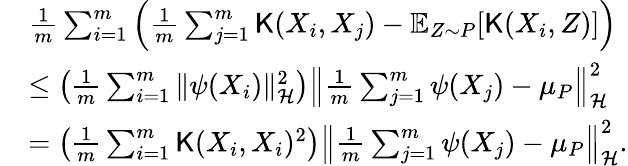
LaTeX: \begin{array}{rl}&{\frac{1}{m}\sum_{i=1}^{m}\left(\frac{1}{m}\sum_{j=1}^{m}{\mathsf K}(X_{i},X_{j})-\mathbb{E}_{Z\sim P}[{\mathsf K}(X_{i},Z)]\right)}\\ &{\leq\left(\frac{1}{m}\sum_{i=1}^{m}\| \psi(X_{i})\| _{\mathcal{H}}^{2}\right)\left\| \frac{1}{m}\sum_{j=1}^{m}\psi(X_{j})-\mu_{P}\right\| _{\mathcal{H}}^{2}}\\ &{=\left(\frac{1}{m}\sum_{i=1}^{m}{\mathsf K}(X_{i},X_{i})^{2}\right)\left\| \frac{1}{m}\sum_{j=1}^{m}\psi(X_{j})-\mu_{P}\right\| _{\mathcal{H}}^{2}.}\end{array}